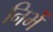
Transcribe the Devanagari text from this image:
निभें